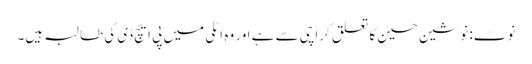
نوٹ: نوشین حسین کا تعلق کراچی سے ہے اور وہ اٹلی میں پی ایچ ڈی کی طالبہ ہیں۔